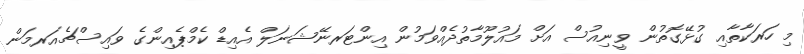
މި ހަރަކާތާއި ގުޅޭގޮތުން ވީނިއުސް އަށް މައުލޫމާތުދެއްވަމުން އިންޓަރނޭޝަނަލް އެއިޑް ކެމްޕެއިންގެ ވައިސްޗެެއަރމަން